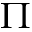
\Pi